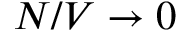
N / V \to 0